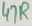
Text: 47R